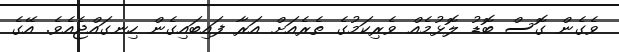
ވެގެން ގޮސް ބޮޑު ލޮޅުމެއް ވެރިކަމުގެ ތެރެއަށް އަރާ ފައިބައިގެން ހިނގައްޖެއެވެ. އޭގެ